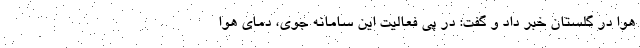
هوا در گلستان خبر داد و گفت: در پی فعالیت این سامانه جوی، دمای هوا